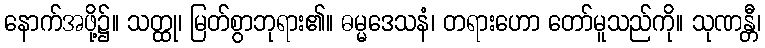
နောက်အဖို့၌။ သတ္ထု၊ မြတ်စွာဘုရား၏။ ဓမ္မဒေသနံ၊ တရားဟော တော်မူသည်ကို။ သုဏန္တီ၊